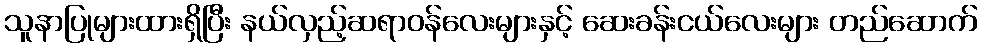
သူနာပြုများထားရှိပြီး နယ်လှည့်ဆရာဝန်လေးများနှင့် ဆေးခန်းငယ်လေးများ တည်ဆောက်